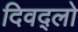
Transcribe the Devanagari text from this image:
दिवद्लो